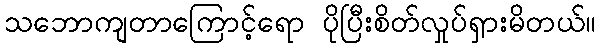
သဘောကျတာကြောင့်ရော ပိုပြီးစိတ်လှုပ်ရှားမိတယ်။